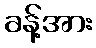
ခန့်အား